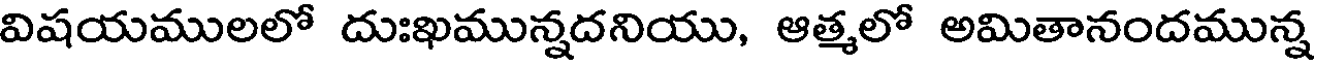
విషయములలో దుఃఖమున్నదనియు, ఆత్మలో అమితానందమున్న